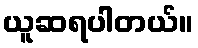
ယူဆရပါတယ်။